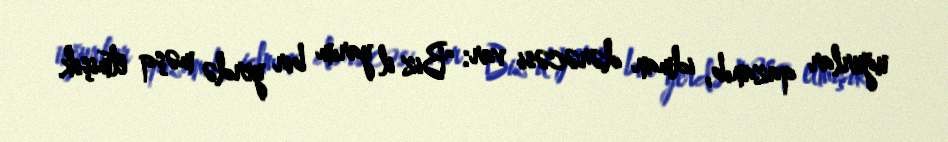
uğurlar qazanıb, idman dərəcəsi var: "Biz il yarım bir yerdə məşq etmişik.